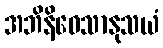
အဘိနိဝေသာနုသယံ